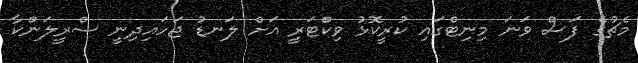
މެޗުގެ ފަސް ވަނަ މިނިޓްގައި ކުރީކޮޅު ވިކްޓަރީ އަށް ލަނޑު ޖަހައިދިނީ ސްރީލަންކާ